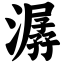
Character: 潺